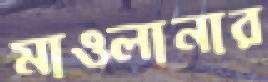
মাওলানার